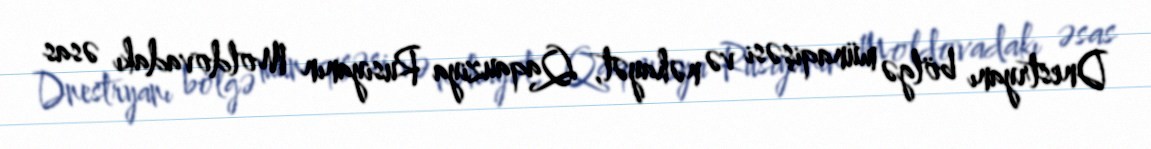
Dnestryanı bölgə münaqişəsi və nəhayət, Qaqauziya Rusiyanın Moldovadakı əsas